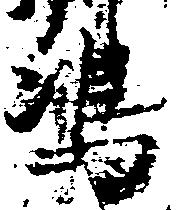
嶋